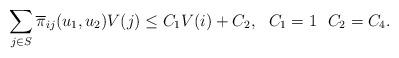
LaTeX: \begin{align*}\sum_{j\in S}\overline{\pi}_{ij}(u_1,u_2)V(j)\leq C_1 V(i)+C_2, ~~C_1=1~~ C_2=C_4.\end{align*}